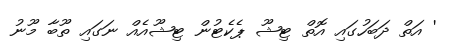
' އަތް ދަބަހުގައި އޮތް ޓިޝޫ ޕެކެޓުން ޓިޝޫއެއް ނަގައި ތޫބާ މޫނު